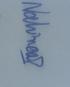
Signature authenticity: genuine